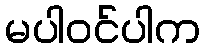
မပါဝင်ပါက